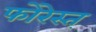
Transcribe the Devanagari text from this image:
फोरेस्त्